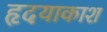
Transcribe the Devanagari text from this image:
हृदयाकाश